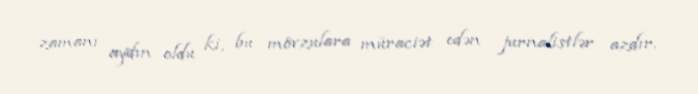
zamanı aydın oldu ki, bu mövzulara müraciət edən jurnalistlər azdır.